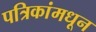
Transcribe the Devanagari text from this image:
पत्रिकांमधून